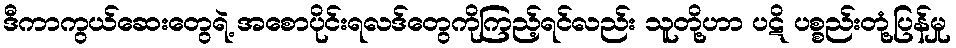
ဒီကာကွယ်ဆေးတွေရဲ့ အစောပိုင်းရလဒ်တွေကိုကြည့်ရင်လည်း သူတို့ဟာ ပဋိ ပစ္စည်းတုံ့ပြန်မှု